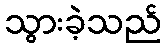
သွားခဲ့သည်